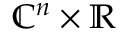
\mathbb { C } ^ { n } \times \mathbb { R }